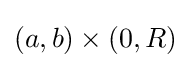
(a,b)\times (0,R)